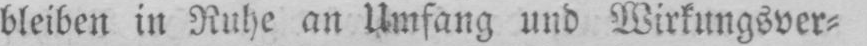
bleiben in Ruhe an Umfang und Wirkungsver⸗